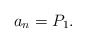
\begin{align*} a_n=P_1. \end{align*}